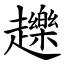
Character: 䟏